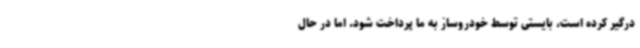
درگیر کرده است، بایستی توسط خودروساز به ما پرداخت شود. اما در حال